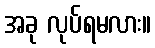
အခု လုပ်ရမလား။